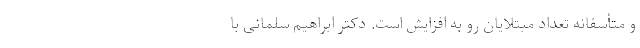
و متأسفانه تعداد مبتلایان رو به افزایش است. دکتر ابراهیم سلمانی با